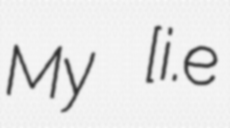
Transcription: My [i.e